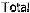
TOTAL